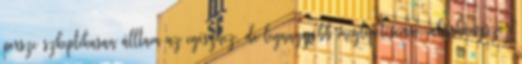
persze szkeptikusan álltam az egészhez, de legnagyobb meglepetésemre, akárhányszor